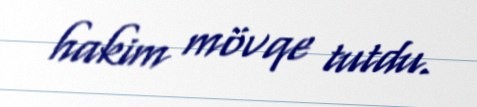
hakim mövqe tutdu.